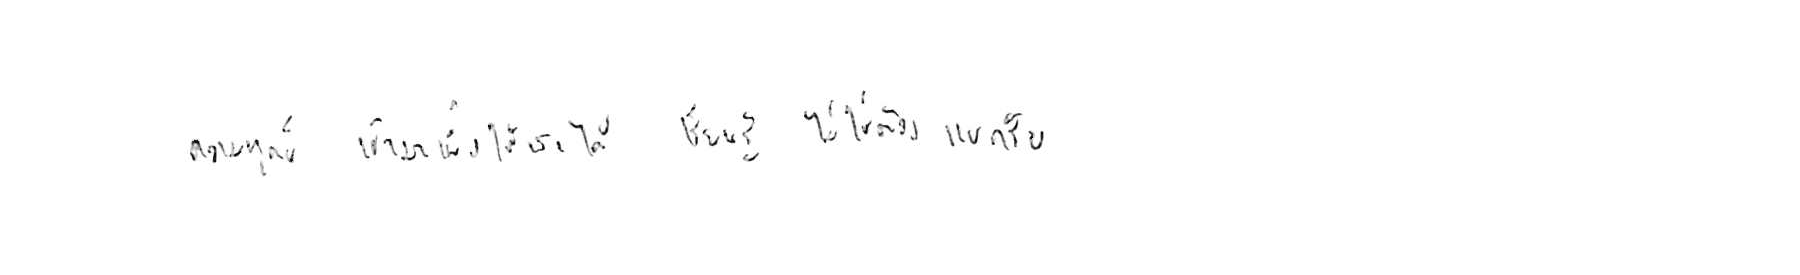
ความทุกข์ เข้ามาเพื่อให้เราได้ เรียนรู้ ไม่ใช่ต้อง แบกรับ